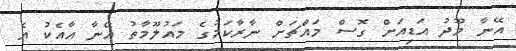
އޭނާ މޫދު އަޑިއަށް ގޮސް މައްޗަށް ނާރާކަމުގެ މައުލޫމާތު އޭނާ އާއެކު އެ